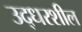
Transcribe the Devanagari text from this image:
उद्धरशील